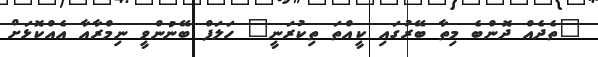
"ތެދެއް ދޮންބެ މިތާ ބޭރުގައި ކީއްތަ ތިކުރަނީ" ހަލަފް ބޭނުންވީ ނިމްރާއާ އެއްކޮޅަށް